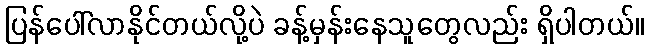
ပြန်ပေါ်လာနိုင်တယ်လို့ပဲ ခန့်မှန်းနေသူတွေလည်း ရှိပါတယ်။